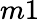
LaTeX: m1